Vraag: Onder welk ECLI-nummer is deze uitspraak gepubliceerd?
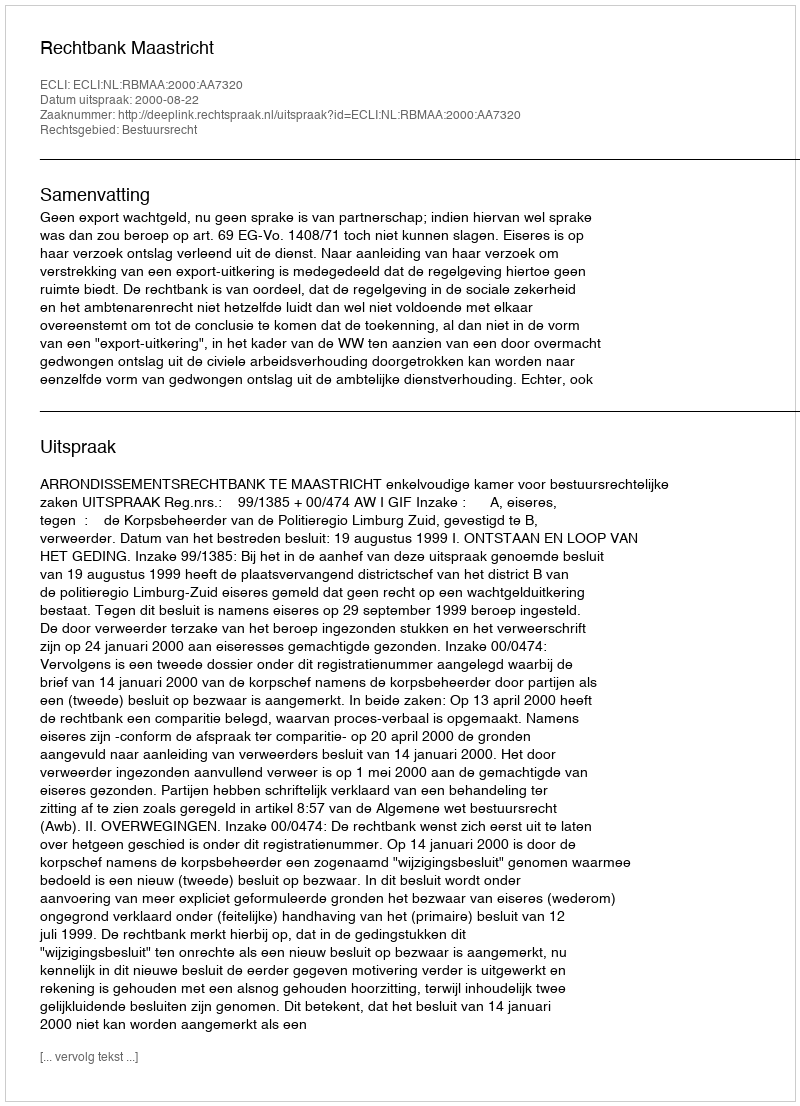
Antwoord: ECLI:NL:RBMAA:2000:AA7320